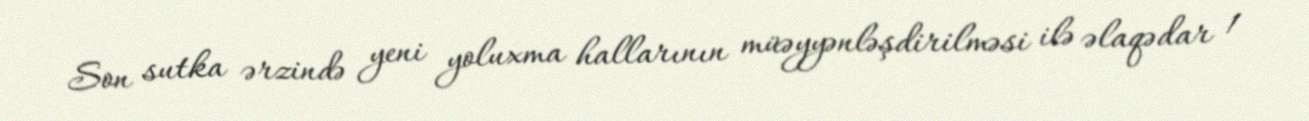
Son sutka ərzində yeni yoluxma hallarının müəyyənləşdirilməsi ilə əlaqədar 1